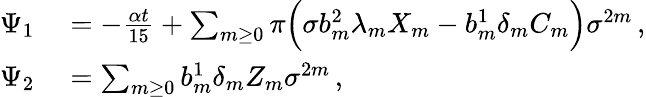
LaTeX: \begin{array}{rl}{\Psi_{1}}&{{}=-\frac{\alpha t}{15}+\sum_{m\ge 0}\pi\Big(\sigma b_{m}^{2}\lambda_{m}X_{m}-b_{m}^{1}\delta_{m}C_{m}\Big)\sigma^{2m}\, ,}\\ {\Psi_{2}}&{{}=\sum_{m\ge 0}b_{m}^{1}\delta_{m}Z_{m}\sigma^{2m}\, ,}\end{array}